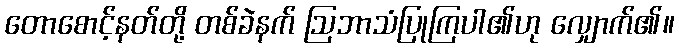
တောစောင့်နတ်တို့ တစ်ခဲနက် ဩဘာသံပြုကြပါ၏ဟု လျှောက်၏။